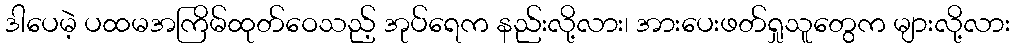
ဒါပေမဲ့ ပထမအကြိမ်ထုတ်ဝေသည့် အုပ်ရေက နည်းလို့လား၊ အားပေးဖတ်ရှုသူတွေက များလို့လား